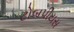
ટોબપીયસ